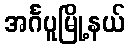
အင်္ဂပူမြို့နယ်